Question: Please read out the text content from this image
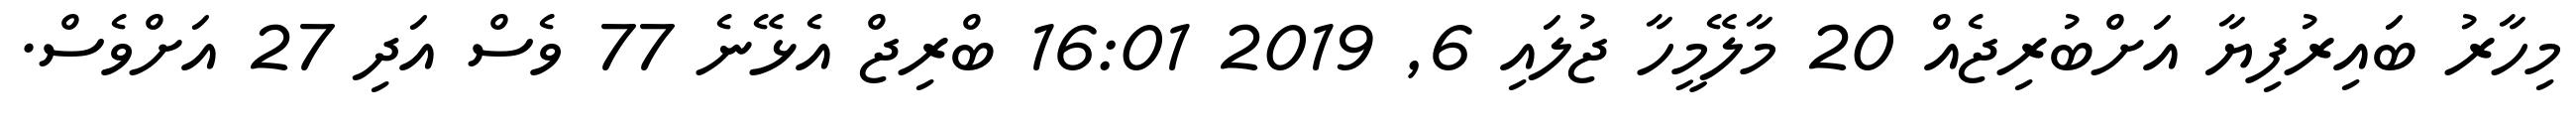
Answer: މިހާރު ބައިރުފިޔާ އަށްބުރިޖެއް 20 މާލޭމީހާ ޖުލައި 6, 2019 16:01 ބްރިޖް އެޅޭނެ 77 ވެސް އަދި 27 އަށްވެސް.